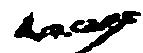
一